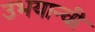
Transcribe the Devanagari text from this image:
उभयान्वी